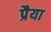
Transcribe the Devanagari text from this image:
प्रैया